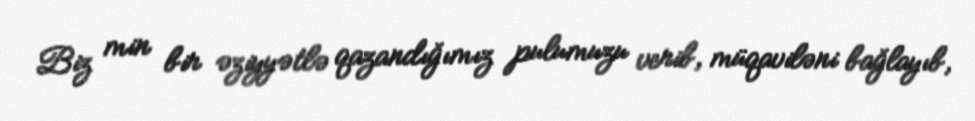
Biz min bir əziyyətlə qazandığımız pulumuzu verib, müqaviləni bağlayıb,